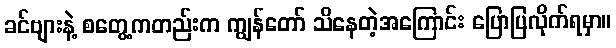
ခင်ဗျားနဲ့ စတွေ့ကတည်းက ကျွန်တော် သိနေတဲ့အကြောင်း ပြောပြလိုက်ရမှာ။